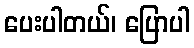
ပေးပါတယ်၊ ပြောပါ